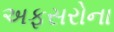
અફસરોના